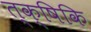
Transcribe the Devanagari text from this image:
त्क्षिकि